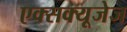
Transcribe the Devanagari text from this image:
एक्सक्यूजेज